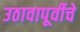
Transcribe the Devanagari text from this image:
उठावापूर्वीचे